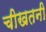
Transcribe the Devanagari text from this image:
चीखतनी